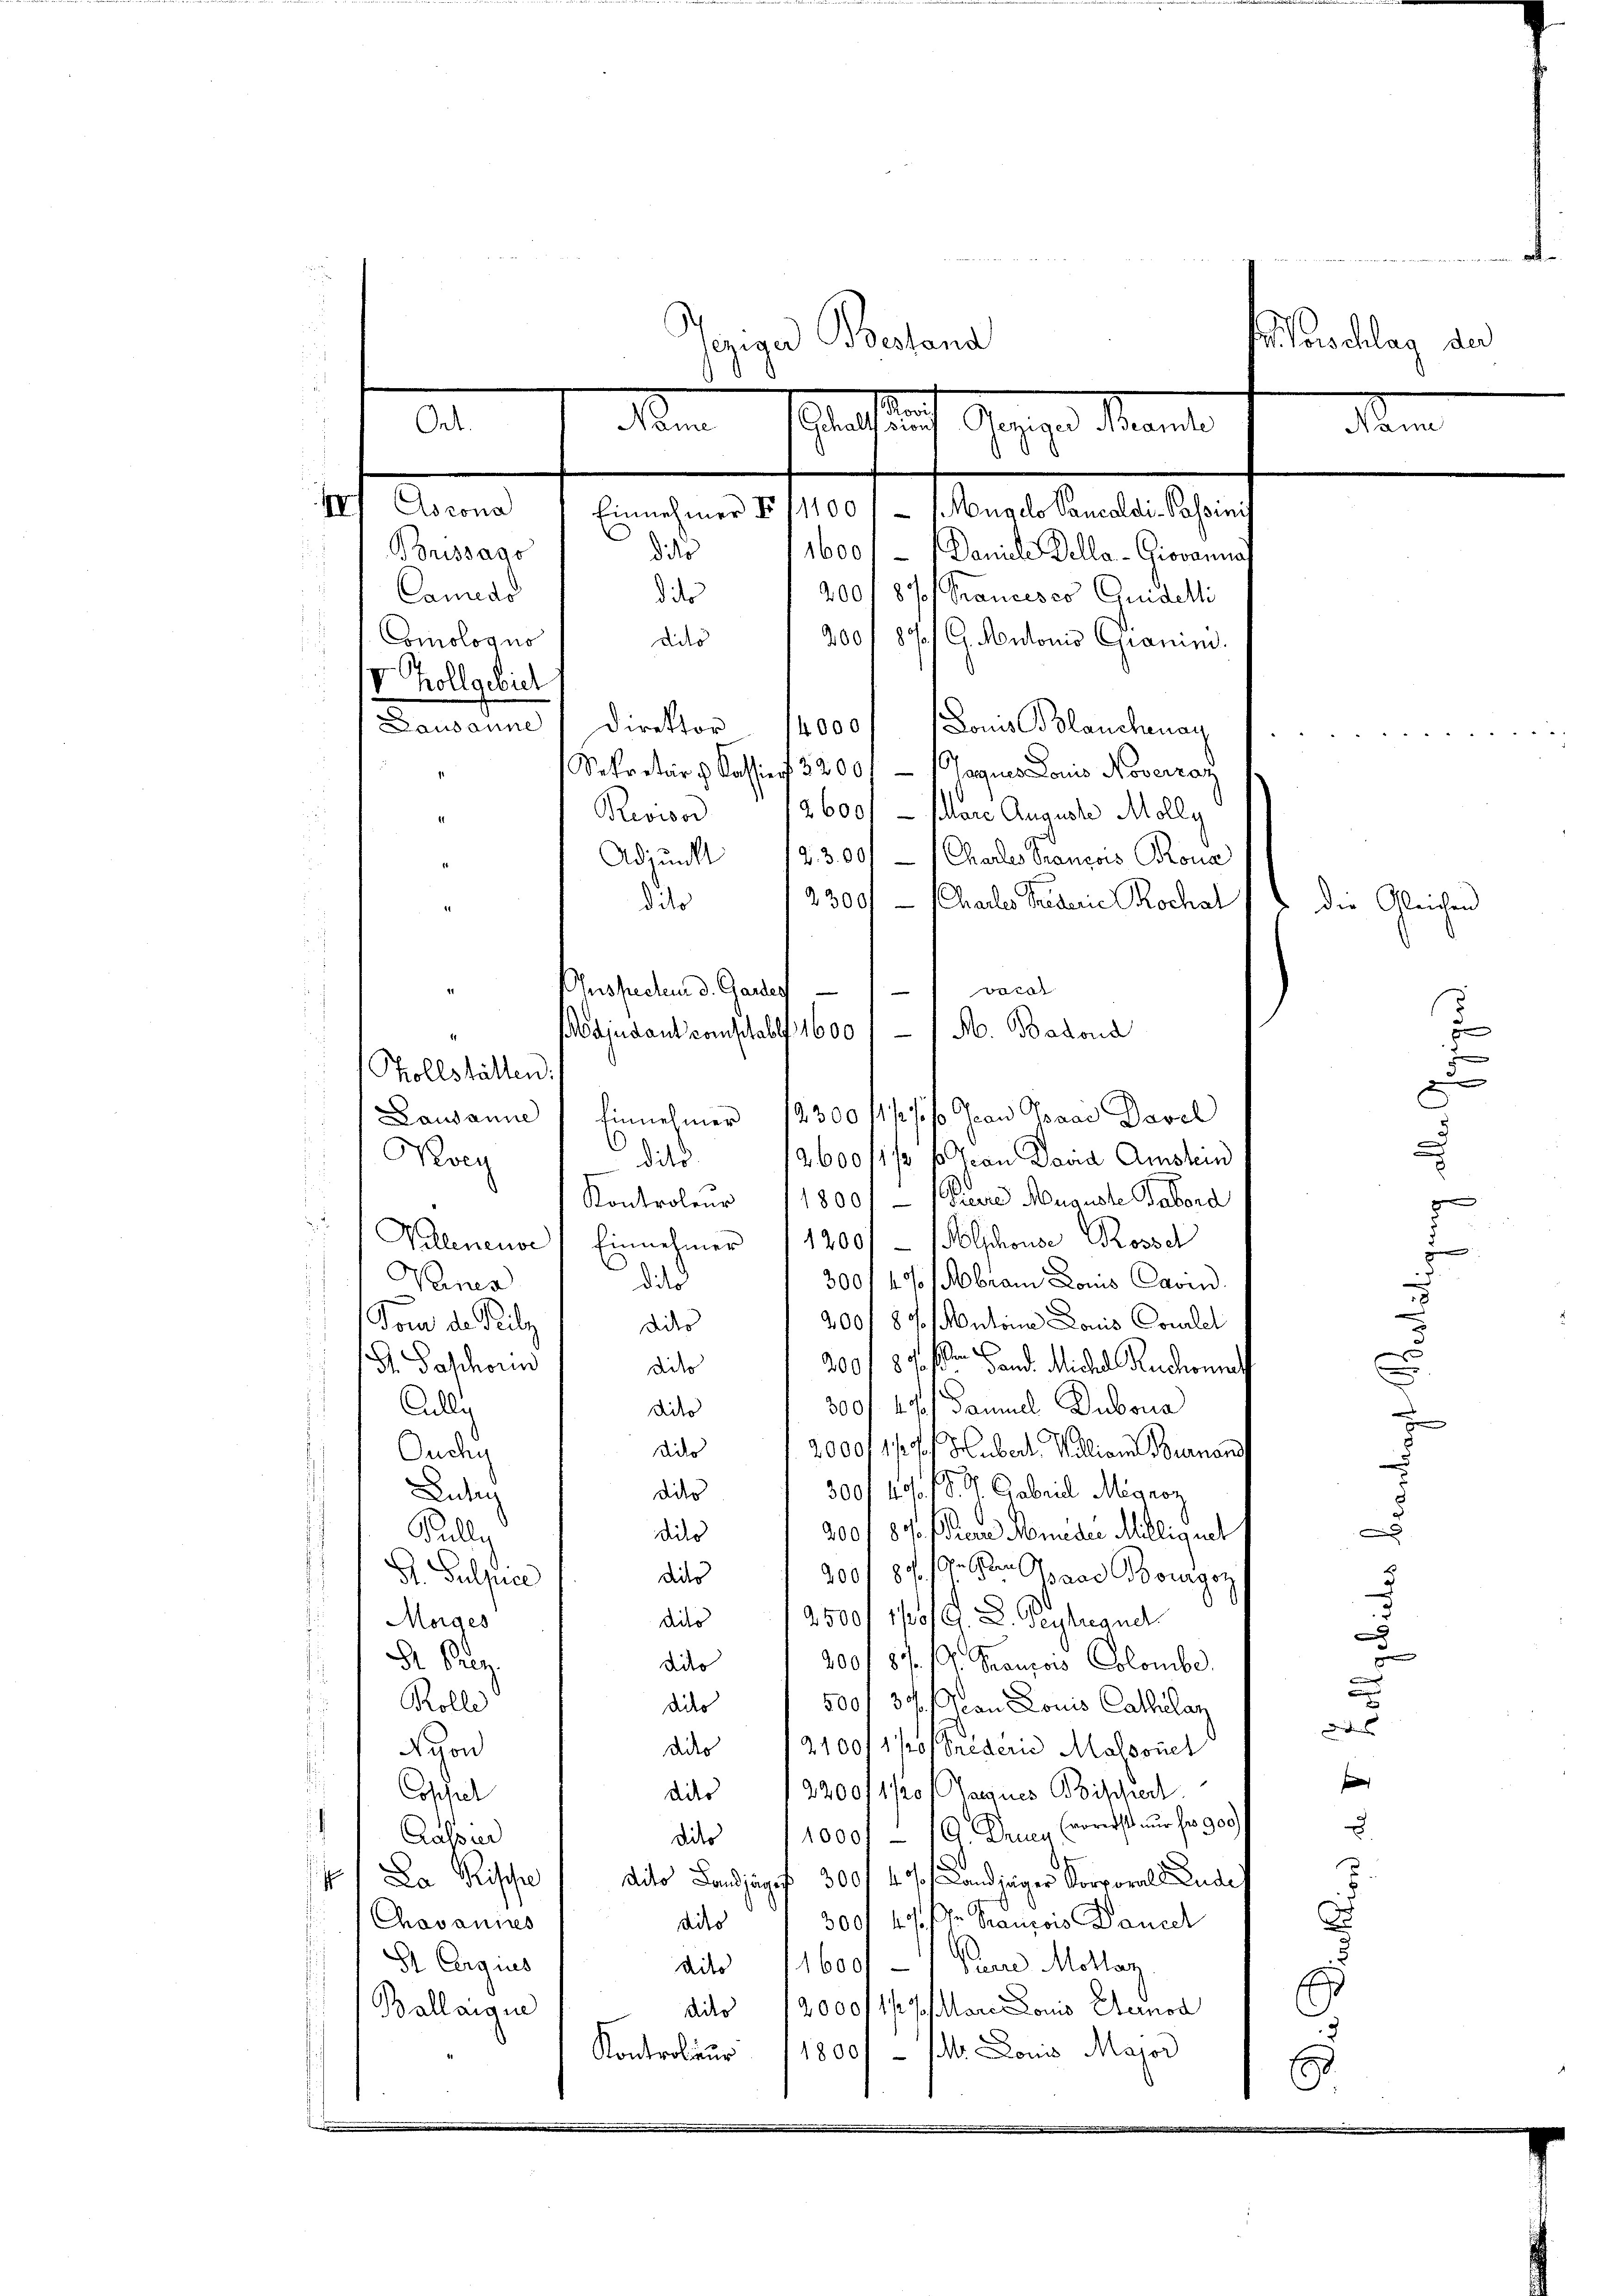
Ort.
t. Jennen

Morschlag der
jeziger Bestand
o
n
m
Gehaltssion
Dagegen Mante

Einnehmer I

Dons Blanchenay

vocal

1100 / / Nugelo Pancaldi-Passinis
dito
Bouissago
1600/1 Daniele Della-Giovannat
Camedo
2001 87 Francesco Quidelli
d der
Comologus
200 f 87/ C. Autoris Chianim
dilo
V Zollgebiet
Lausanne , Direktor 14000
Sekretär v. Kassiert 32001 1 Tagues Louis Noverzaz
1
2600/ — Pare Auguste Molly
Reowor
4
Adjunkt 12300.- (Charler Franzows Tona
2300 - (Challes Präderie hochal & die Gleichen
dito
Ausprechen d. Ganter
Majudant comptabl. 1600 / — / M. Badond
Tollstätten.
Lausanne
2300 4///0 Jean Paar Davel
Einnehmer
.
Koey
2600/1 f 6 Jan Davia Amstein
dito.
Kontroleur 11800.- (Freere Auguste Tabord
d
Velleneuve Einnehmer 11200/ - Polschonae Rossel
C
Vanes
30014 % Mbram Dons Cavin
die
2001 87 Antone Louis Coulet
Vom der Teile
dies
200 f 87 f Band. Middel Ruchonne
S. Paschorn
dider
300 f 40
Damuel Dubona
.
Adlis
dito
2000f 11 Pf Hubert. Nullion Bournand
dido
Ouchy
300/4 18. St. Gabrill Mignoz
dies
Ludu
s
2001 87. Pierre Minder Millignet
dies
Pully
9001 87. 19ten paar Bourgoz
dieer
G. Sulpice
d
2500/1/01 f. D. Beyland
Morges
dilo
Dr. Proz
200187. P. Franzows Colombe
dido
d
500/ 37. Von Louis Cathilanz
Rolle
dides
d
dito 1210011/2/Grèderić Molsonel
Nron
f
Copsiel
2200/1/20 Tagues Bischert
ddes
d
u
1000 - 16. Deuer (vorerst nur fr. 900
Kassier
dies
.
  Da Frische
dito Landjäger 300 f 4 %  Landjäger Korporal Ludes
3001 ff. Dr Francois Dancel
havannes
i
ddes
St Ergues
dito 11600 - 1 Baure Mottaz
E
dito 120001 1/2 % Mare Louis Sternod
Ballaigne
Kontroleur 1800/ – 1. Louis Major
.

d

|

a

.
s
e
e
e

g

8
s
x

de